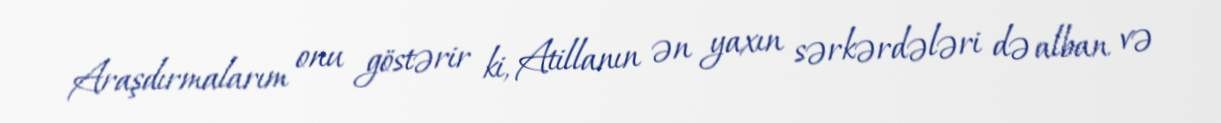
Araşdırmalarım onu göstərir ki, Atillanın ən yaxın sərkərdələri də alban və